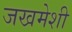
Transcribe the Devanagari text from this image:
जखमेशी